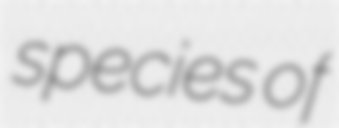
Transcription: species of